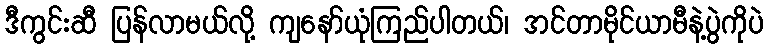
ဒီကွင်းဆီ ပြန်လာမယ်လို့ ကျနော်ယုံကြည်ပါတယ်၊ အင်တာမိုင်ယာမီနဲ့ပွဲကိုပဲ